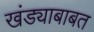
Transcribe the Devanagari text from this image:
खंड्याबाबत